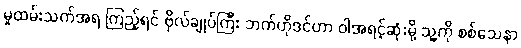
မှုထမ်းသက်အရ ကြည့်ရင် ဗိုလ်ချုပ်ကြီး ဘက်ဟိုဒင်ဟာ ဝါအရင့်ဆုံးမို့ သူ့ကို စစ်သေနာ